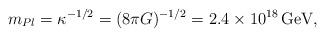
LaTeX: \begin{align*}m_{Pl}=\kappa^{-1/2}=(8\pi G)^{-1/2}=2.4\times10^{18}\,\mbox{GeV},\end{align*}